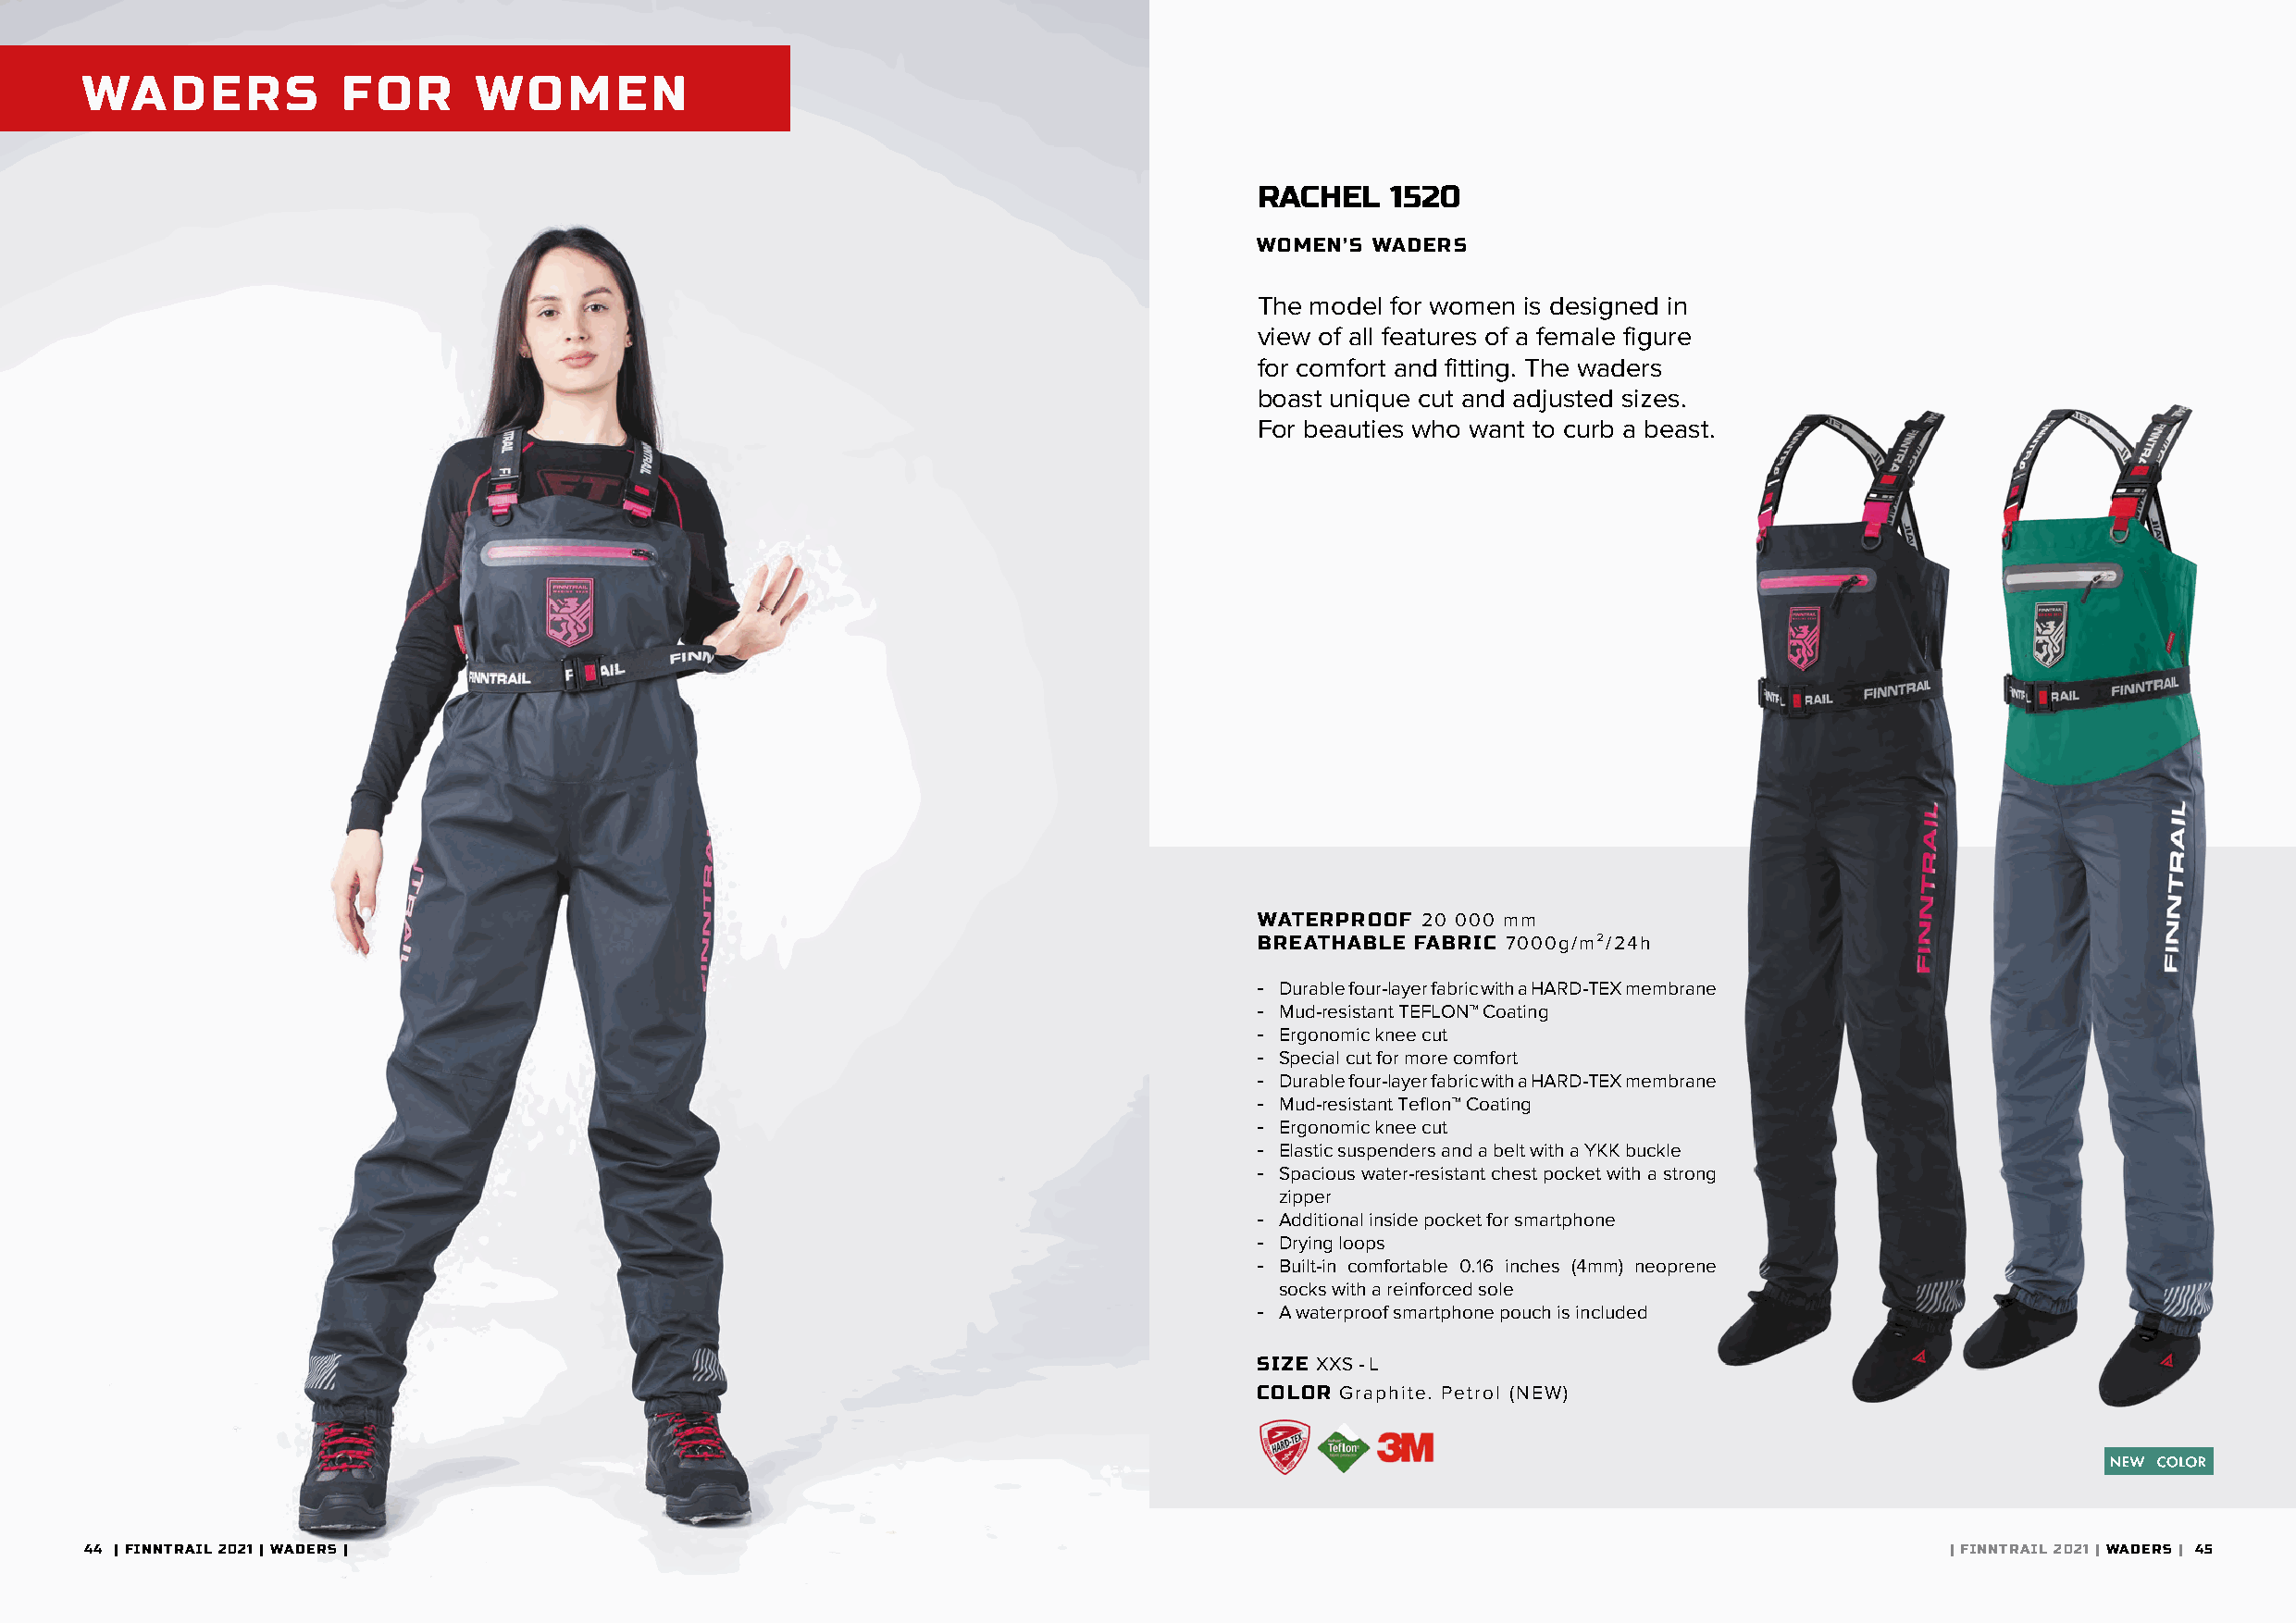
WADERS            FOR       WOMEN
 RACHEL   1520
 WOMEN’S WADERS
 The model for women is designed in
 view of all features of a female figure
 for comfort and fitting. The waders
 boast unique cut and adjusted sizes.
 For beauties who want to curb a beast.
 WATERPROOF  20 000 mm
 BREATHABLE FABRIC 7000g/m²/24h
 - Durable four-layer fabric with a HARD-TEX membrane
 - Mud-resistant TEFLON™ Coating
 - Ergonomic knee cut
 - Special cut for more comfort
 - Durable four-layer fabric with a HARD-TEX membrane
 - Mud-resistant Teflon™ Coating
 - Ergonomic knee cut
 - Elastic suspenders and a belt with a YKK buckle
 - Spacious water-resistant chest pocket with a strong
 zipper
 - Additional inside pocket for smartphone
 - Drying loops
 - Built-in comfortable 0.16 inches (4mm) neoprene
 socks with a reinforced sole
 - A waterproof smartphone pouch is included
 SIZE XXS - L
 COLOR Graphite. Petrol (NEW)
 44 | FINNTRAIL 2021 | WADERS |                                                                                                       | FINNTRAIL 2021 | WADERS | 45